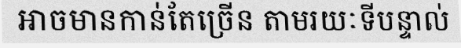
អាចមានកាន់តែច្រើន តាមរយៈទីបន្ទាល់